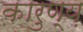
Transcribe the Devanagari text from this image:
कारुण्य़